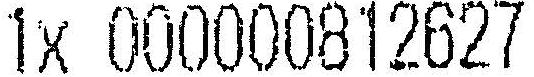
1X 000000812627